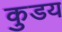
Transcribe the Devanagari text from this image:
कुडय